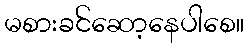
မစားခင်ဆော့နေပါစေ။